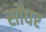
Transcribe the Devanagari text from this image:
सोंधर